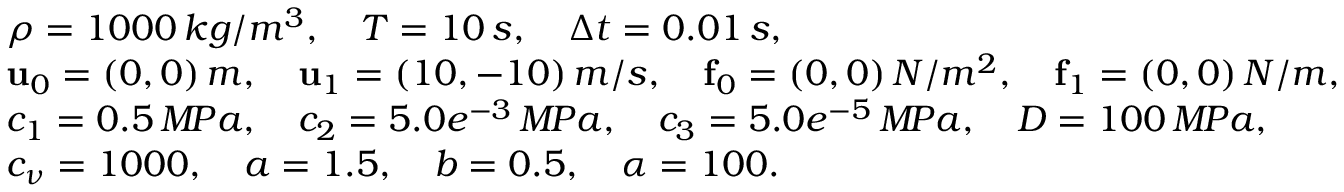
\begin{array} { r } { \begin{array} { l } { \rho = 1 0 0 0 \, k g / m ^ { 3 } , \quad T = 1 0 \, s , \quad \Delta t = 0 . 0 1 \, s , } \\ { { \bf u } _ { 0 } = ( 0 , 0 ) \, m , \quad { \bf u } _ { 1 } = ( 1 0 , - 1 0 ) \, m / s , \quad { \bf f } _ { 0 } = ( 0 , 0 ) \, N / m ^ { 2 } , \quad { \bf f } _ { 1 } = ( 0 , 0 ) \, N / m , } \\ { c _ { 1 } = 0 . 5 \, M \! P a , \quad c _ { 2 } = 5 . 0 e ^ { - 3 } \, M \! P a , \quad c _ { 3 } = 5 . 0 e ^ { - 5 } \, M \! P a , \quad D = 1 0 0 \, M \! P a , } \\ { c _ { \nu } = 1 0 0 0 , \quad a = 1 . 5 , \quad b = 0 . 5 , \quad \alpha = 1 0 0 . } \end{array} } \end{array}